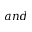
a n d